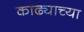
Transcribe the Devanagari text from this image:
काढ्याच्या